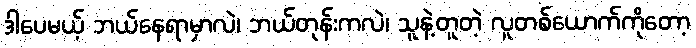
ဒါပေမယ့် ဘယ်နေရာမှာလဲ၊ ဘယ်တုန်းကလဲ၊ သူနဲ့တူတဲ့ လူတစ်ယောက်ကိုတော့